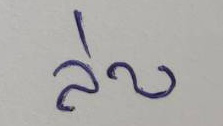
ล่าง